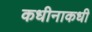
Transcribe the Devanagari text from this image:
कधीनाकधी